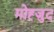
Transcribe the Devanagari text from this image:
मोह्जुद